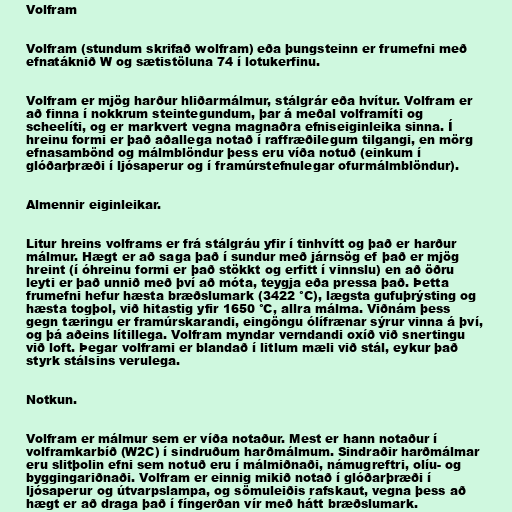
Volfram

Volfram (stundum skrifað wolfram) eða þungsteinn er frumefni með
efnatáknið W og sætistöluna 74 í lotukerfinu.

Volfram er mjög harður hliðarmálmur, stálgrár eða hvítur. Volfram er
að finna í nokkrum steintegundum, þar á meðal volframíti og
scheelíti, og er markvert vegna magnaðra efniseiginleika sinna. Í
hreinu formi er það aðallega notað í raffræðilegum tilgangi, en mörg
efnasambönd og málmblöndur þess eru víða notuð (einkum í
glóðarþræði í ljósaperur og í framúrstefnulegar ofurmálmblöndur).

Almennir eiginleikar.

Litur hreins volframs er frá stálgráu yfir í tinhvítt og það er harður
málmur. Hægt er að saga það í sundur með járnsög ef það er mjög
hreint (í óhreinu formi er það stökkt og erfitt í vinnslu) en að öðru
leyti er það unnið með því að móta, teygja eða pressa það. Þetta
frumefni hefur hæsta bræðslumark (3422 °C), lægsta gufuþrýsting og
hæsta togþol, við hitastig yfir 1650 °C, allra málma. Viðnám þess
gegn tæringu er framúrskarandi, eingöngu ólífrænar sýrur vinna á því,
og þá aðeins lítillega. Volfram myndar verndandi oxíð við snertingu
við loft. Þegar volframi er blandað í litlum mæli við stál, eykur það
styrk stálsins verulega.

Notkun.

Volfram er málmur sem er víða notaður. Mest er hann notaður í
volframkarbíð (W2C) í sindruðum harðmálmum. Sindraðir harðmálmar
eru slitþolin efni sem notuð eru í málmiðnaði, námugreftri, olíu- og
byggingariðnaði. Volfram er einnig mikið notað í glóðarþræði í
ljósaperur og útvarpslampa, og sömuleiðis rafskaut, vegna þess að
hægt er að draga það í fíngerðan vír með hátt bræðslumark.